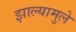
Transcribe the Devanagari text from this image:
झाल्यामुले